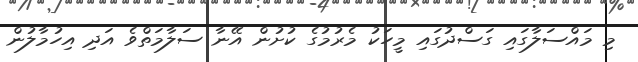
މި މައްސަލާގައި ގަސްދުގައި މީހަކު މެރުމުގެ ކުށުން އޭނާ ސަލާމަތްވެ އަދި އިހުމާލުން